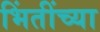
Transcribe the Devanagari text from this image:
भिंतींच्या